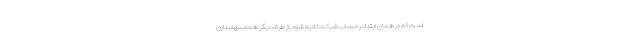
است که در همان ابتدا در حساب شرکت تادیه شود. از طرف دیگر همه سهامدارن